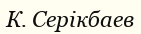
К. Серікбаев